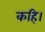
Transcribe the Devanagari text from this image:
कहि।